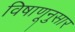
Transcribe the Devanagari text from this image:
विषाणूनुसार